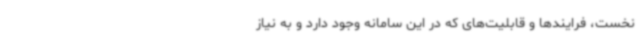
نخست، فرایندها و قابلیت‌های که در این سامانه وجود دارد و به نیاز